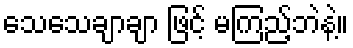
သေသေချာချာ ဖြင့် မကြည့်ဘဲနဲ့။